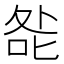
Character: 𭈃